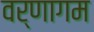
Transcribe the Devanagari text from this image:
वर्णागम